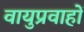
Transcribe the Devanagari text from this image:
वायुप्रवाहों